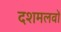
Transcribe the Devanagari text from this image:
दशमलवों